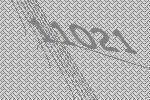
11021